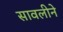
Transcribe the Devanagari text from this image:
सावलीने